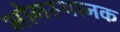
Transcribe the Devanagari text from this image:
भोगस्थानक